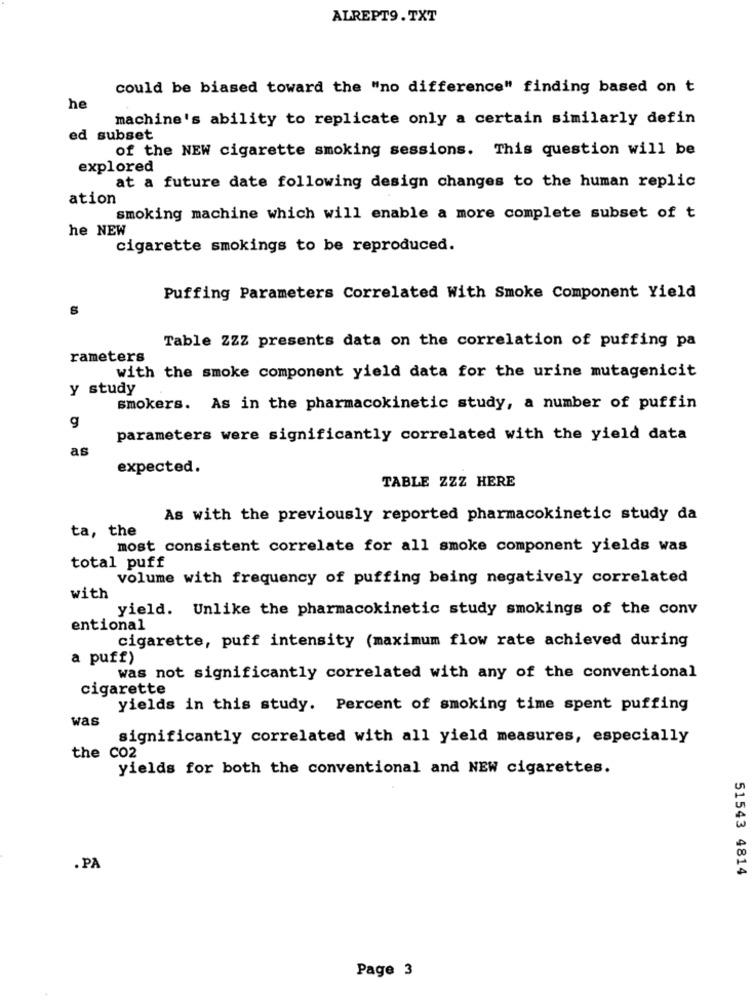
ALREPT9. TXT
could be biased toward the "no difference" finding based on t
he
machine's ability to replicate only a certain similarly defin
ed subset
of the NEW cigarette smoking sessions. This question will be
explored
at a future date following design changes to the human replic
ation
smoking machine which will enable a more complete subset of t
he NEW
cigarette smokings to be reproduced.
Puffing Parameters Correlated With Smoke Component Yield
Table ZZZ presents data on the correlation of puffing pa
rameters
with the smoke component yield data for the urine mutagenicit
y study
smokers. As in the pharmacokinetic study, a number of puffin
g
parameters were significantly correlated with the yield data
as
expected.
TABLE ZZZ HERE
As with the previously reported pharmacokinetic study da
ta, the
most consistent correlate for all smoke component yields was
total puff
volume with frequency of puffing being negatively correlated
with
yield. Unlike the pharmacokinetic study smokings of the conv
entional
cigarette, puff intensity (maximum flow rate achieved during
a puff)
was not significantly correlated with any of the conventional
cigarette
yields in this study. Percent of smoking time spent puffing
was
significantly correlated with all yield measures, especially
the Co2
yields for both the conventional and NEW cigarettes.
.PA
51543 4814
Page 3